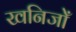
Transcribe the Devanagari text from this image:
खनिजोँ